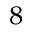
_ 8